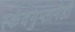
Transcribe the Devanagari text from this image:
स्कंदगुप्तानेही